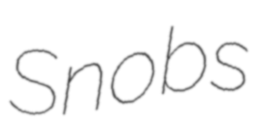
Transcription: Snobs